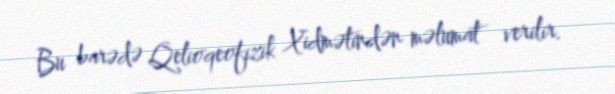
Bu barədə Qelioqeofizik Xidmətindən məlumat verilir.